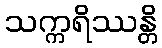
သက္ကရိဿန္တိ